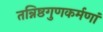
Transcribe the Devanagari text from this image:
तन्निष्ठगुणकर्मणां